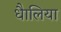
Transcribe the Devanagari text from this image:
धैालिया